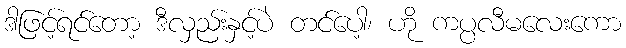
ဒါဖြင့်ရင်တော့ ဒီလှည်းနှင့်ပဲ တင်ပေါ့၊ ဟို ကပ္ပလီမလေးကော